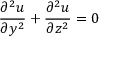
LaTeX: { \frac { \partial ^ { 2 } u } { \partial y ^ { 2 } } } + { \frac { \partial ^ { 2 } u } { \partial z ^ { 2 } } } = 0